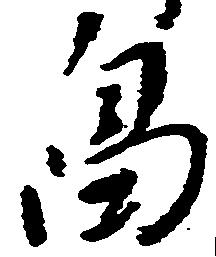
畠